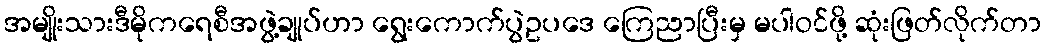
အမျိုးသားဒီမိုကရေစီအဖွဲ့ချုပ်ဟာ ရွေးကောက်ပွဲဥပဒေ ကြေညာပြီးမှ မပါဝင်ဖို့ ဆုံးဖြတ်လိုက်တာ